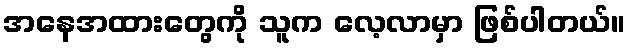
အနေအထားတွေကို သူက လေ့လာမှာ ဖြစ်ပါတယ်။